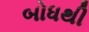
બોધથી